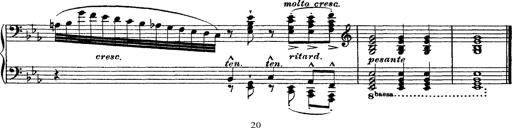
Title: Ã‰tudes d'exÃ©cution transcendante d'aprÃ¨s Paganini
Composer: Franz Liszt